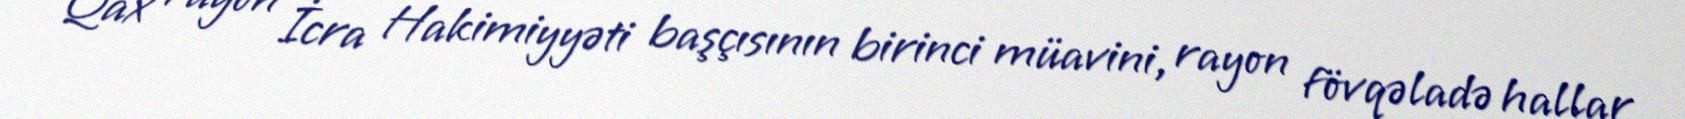
Qax rayon İcra Hakimiyyəti başçısının birinci müavini, rayon fövqəladə hallar